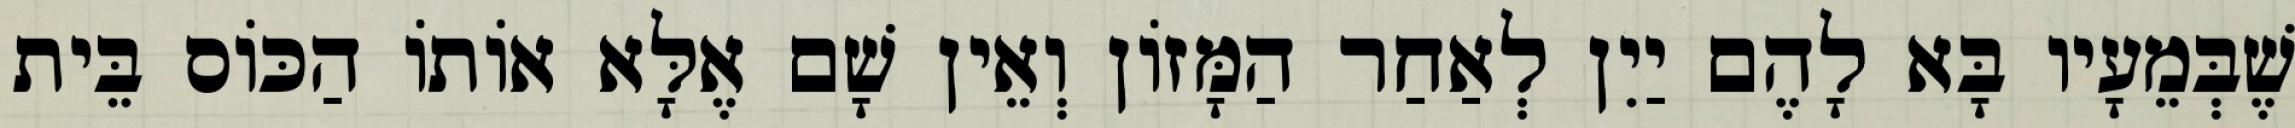
שֶׁבְּמֵעָיו בָּא לָהֶם יַיִן לְאַחַר הַמָּזוֹן וְאֵין שָׁם אֶלָּא אוֹתוֹ הַכּוֹס בֵּית